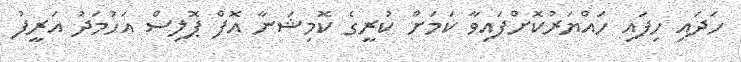
ހަދައި ހިފައި ހައްޔަރުކޮށްފައިވާ ކަމަށް ކުރީގެ ކޮމިޝަނާ އޮފް ޕޮލިސް އަހުމަދު އަރީފު